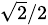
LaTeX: \scriptstyle{\sqrt{2}}/2